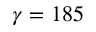
\gamma = 1 8 5